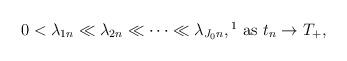
LaTeX: \begin{align*}0<\lambda_{1n}\ll \lambda_{2n}\ll\cdots\ll\lambda_{J_0n}, \footnote{\, For two sequences of positive numbers $a_n,\,b_n$, we write $a_n\ll b_n$ if $\lim\limits_{n\to\infty}\frac{a_n}{b_n}=0$.}\,\,{\rm as}\,\,t_n\to T_+,\end{align*}